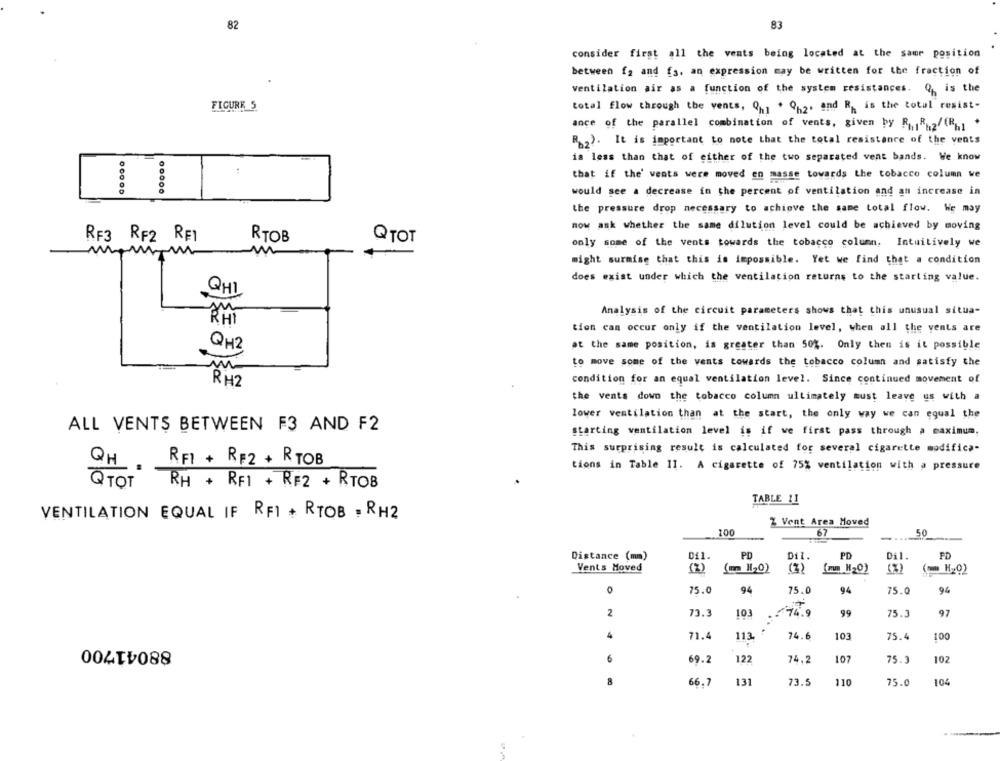
82
83
consider first all the vents being located at the same position
between f2 and fs, an expression may be written for the fraction of
ventilation air as a function of the system resistances. Q, is the
FIGURE 5
total flow through the vents, Qh, $ 9h2. and R, is the total resist-
ance of the parallel combination of vents, given by RR2/(Rh +
R. 2). It is important to note that the total resistance of the vents
is less than that of either of the two separated vent bands. We know
that if the' vents were moved en masse towards the tobacco column we
00000
would see a decrease in the percent of ventilation and an increase in
the pressure drop necessary to achieve the same total flow. We may
now ask whether the same dilution level could be achieved by moving
RF3 RF2 RET
RTOB
QTOT
only some of the vents towards the tobacco column, Intuitively we
m
might surmise that this is impossible. Yet we find that a condition
does exist under which the ventilation returns to the starting value.
QHI
Analysis of the circuit parameters shows that this unusual situa-
RHI
tien can occur only if the ventilation level, when all the vents are
QH2
at the same position, is greater than 50%. Only them is it possible
to move some of the vents towards the tobacco column and satisfy the
condition for an equal ventilation level. Since continued movement of
RH2
the vents down the tobacco column ultimately must leave us with a
lower ventilation than at the start, the only way we can equal the
ALL VENTS BETWEEN F3 AND F2
starting ventilation level is if we first pass through a maximum.
This surprising result is calculated for several cigarette modifica-
RFI + RE2 + RTOB
QH .
tions in Table II. A cigarette of 75% ventilation with a pressure
Q TOT
RH + RF1 + R#2 + RTOB
TABLE !1
VENTILATION EQUAL IF RF1 + RTOB . RH2
Z Vent Area Hoved
100
67
50
-
-
Distance (mm)
PD
Dil.
PD
Dil.
PD
DE1.
Vents Hoved
( HI20)
(3)
[mm H20)
(%)
=
0
75.0
94
75.0
94
75.0
94
2
73.3
103
£76.9
99
75.3
97
4
71.4
113.
74.6
103
75.4
100
88041700
6
69.2
122
74,2
107
75.3
102
66.7
131
73.5
110
75.0
104